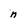
Character: n